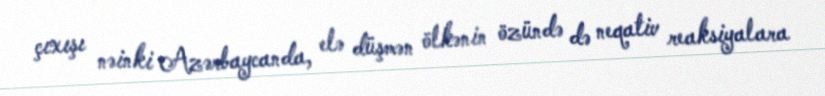
çıxışı nəinki Azərbaycanda, elə düşmən ölkənin özündə də neqativ reaksiyalara